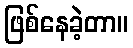
ဖြစ်နေခဲ့တာ။